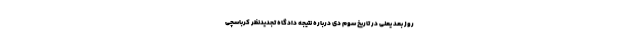
روز بعد یعنی در تاریخ سوم دی درباره نتیجه دادگاه تجدیدنظر کرباسچی